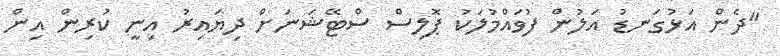
"ދެން އަޅުގަނޑު އަލުން ފުވައްމުލަކު ޕޮލިސް ސްޓޭޝަނަށް ދިޔައިރު އިނީ ކުރިން އިން